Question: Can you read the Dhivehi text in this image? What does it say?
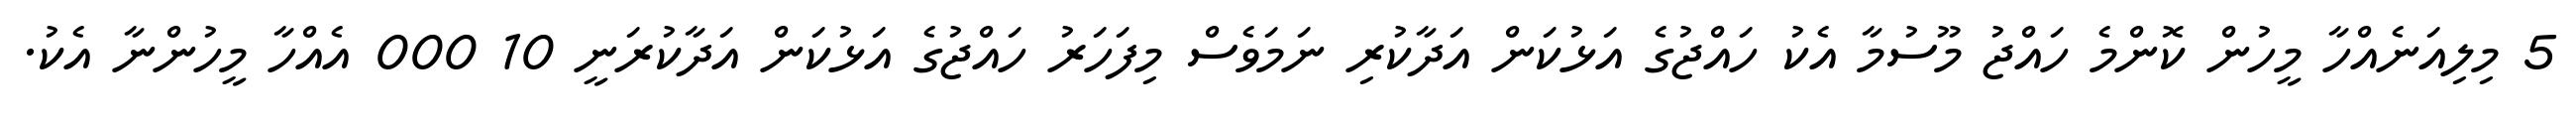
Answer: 5 މިލިއަނެއްހާ މީހުން ކޮންމެ ހައްޖު މޫސުމާ އެކު ހައްޖުގެ އަޅުކަން އަދާކުރި ނަމަވެސް މިފަހަރު ހައްޖުގެ އަޅުކަން އަދާކުރަނީ 10 000 އެއްހާ މީހުންނާ އެކު.